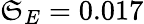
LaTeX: \mathfrak{S}_{E}=0.017